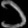
Digit: ၁